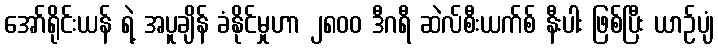
အော်ရိုင်းယန် ရဲ့ အပူချိန် ခံနိုင်မှုဟာ ၂၈၀၀ ဒီဂရီ ဆဲလ်စီးယက်စ် နီးပါး ဖြစ်ပြီး ယာဉ်ပျံ